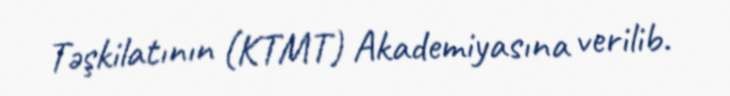
Təşkilatının (KTMT) Akademiyasına verilib.